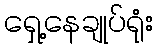
ရှေ့နေချုပ်ရုံး